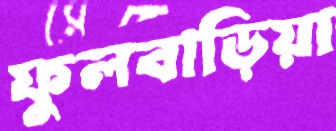
ফুলবাড়িয়া